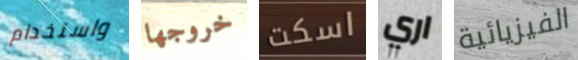
واستخدام خروجها اسكت اري الفيزيائية